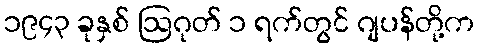
၁၉၄၃ ခုနှစ် ဩဂုတ် ၁ ရက်တွင် ဂျပန်တို့က